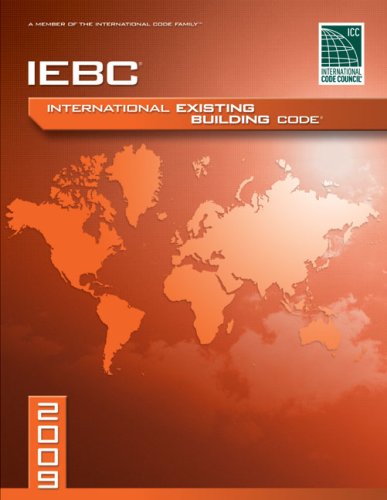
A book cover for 2009 International Existing Building Code - Looseleaf Version (International Code Council Series); International Code Council; Law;